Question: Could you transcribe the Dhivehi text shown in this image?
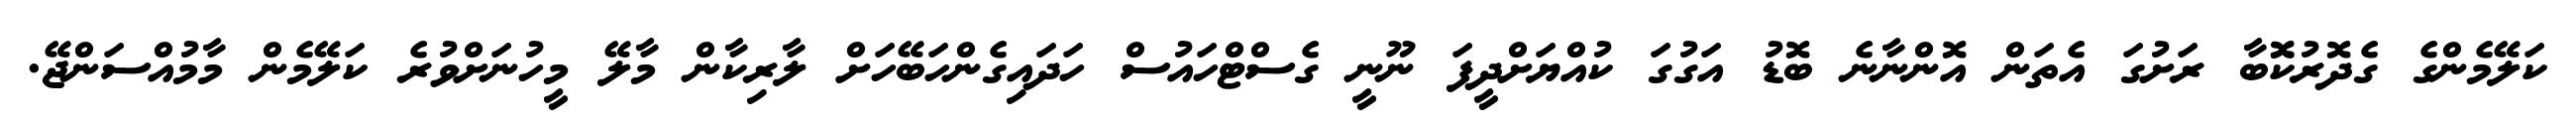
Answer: ކަލޭމެންގެ ގެދޮރުކޮޮބާ ރަށުގަ އެތަން އޮންނާނެ ބޮޑު އަގުގަ ކުއްޔަށްދީފަ ނޫނީ ގެސްޓްހައުސް ހަދައިގެންހަބޭހަށް ލާރިކާން މާލޭ މީހުނަށްވުރެ ކަލޭމެން މާމުއްސަންޖޭ.